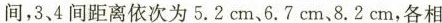
间，3、4间距离依次为5.2cm、6.7cm、8.2cm，各相